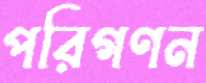
পরিগণন